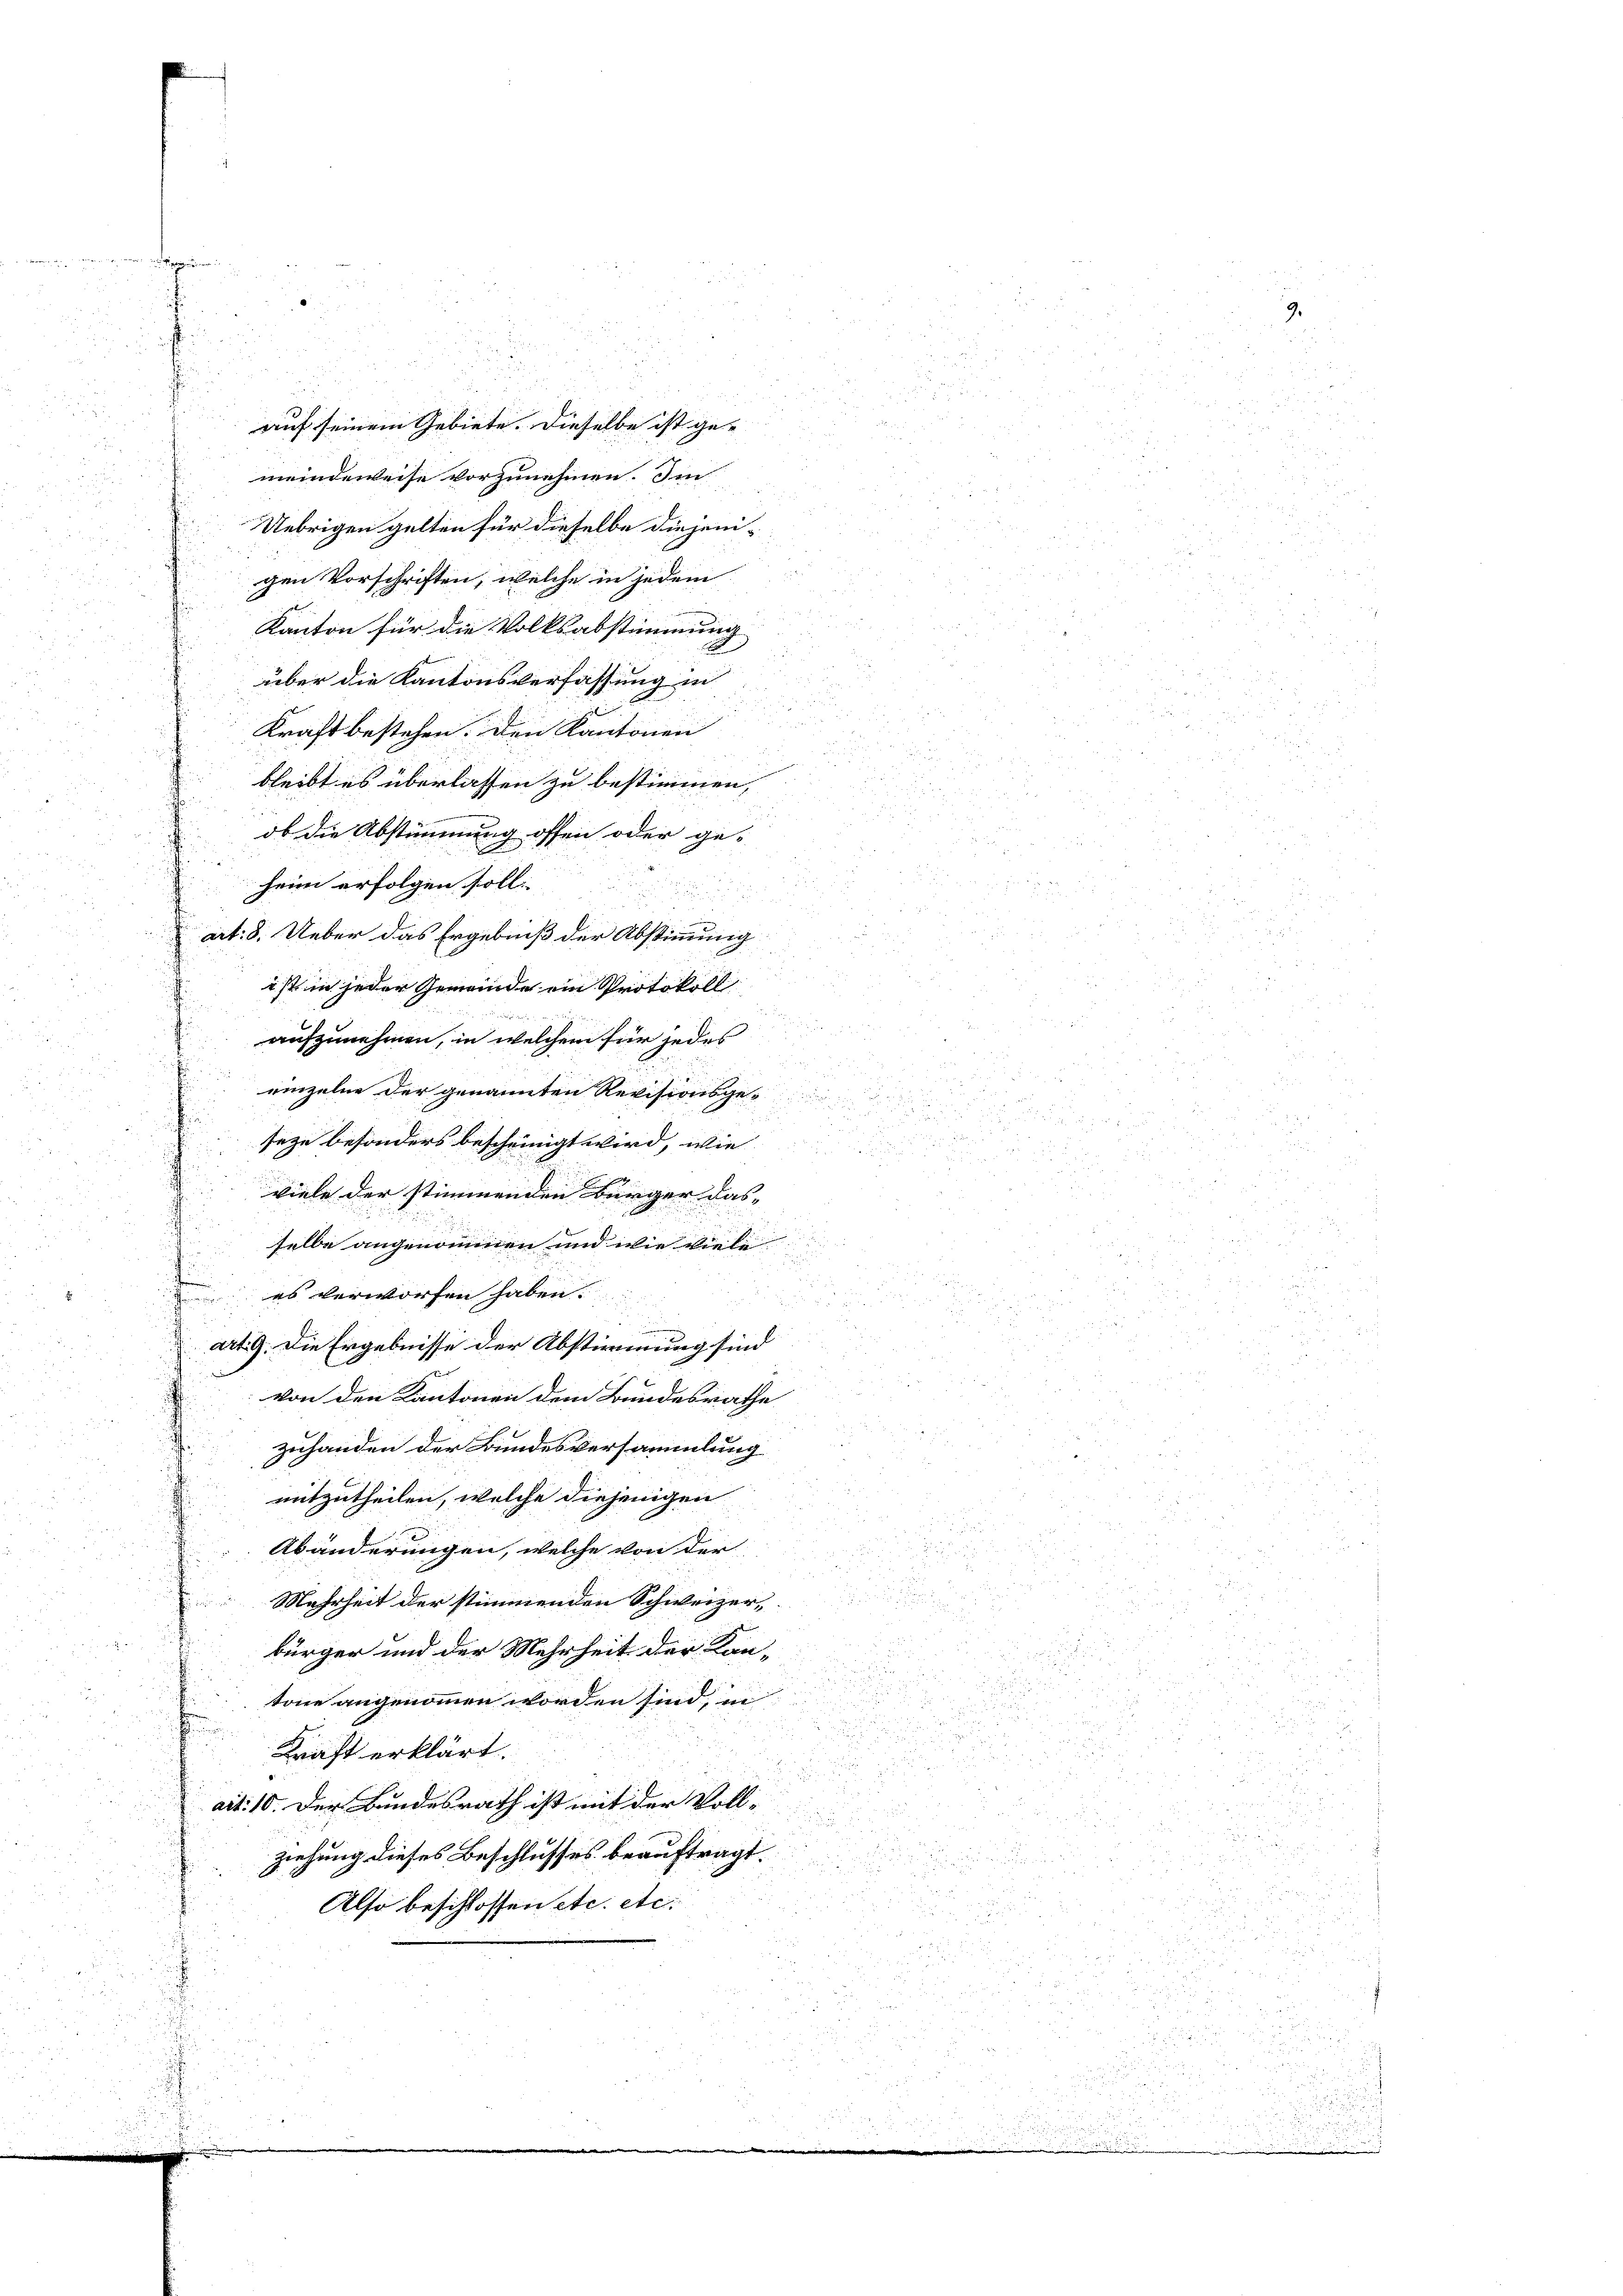
i
¬
u
auf seinem Gebiete. Dieselbe ist ge-

meindeweise vorzunehmen. Im
z
u
.
Uebrigen gelten für dieselbe diejeni-

gen Vorschriften, welche in jedem
u
.
r
Kanton für die Volksabstimmung
e
2
2 x
über die Kantonsverfassung in

Kraft bestehen. Den Kantonen
u
bleibt es überlassen zu bestimmen,
ob die Abstimmung offen oder ge-
.
heim erfolgen soll.
u
art. 8. Ueber das Ergebniß der Abstimmung

5
ini
ist in jeder Gemeinde ein Protokoll

aufzunehmen, in welchem für jedes
i
einzelne der genannten Revisionsges
seze besonders bescheinigt wird, wie
viele der stimmenden Bürger das- |
e
u

selbe angenommen und wie viel

es verworfen haben.

e
5x
art. 9. Die Ergebnisse der Abstimmung sind
2
von den Kantonen dem Bundesrathe
d
zuhanden der Bundesversammlung
2
i
mitzutheilen, welche diejenigen
Abänderungen, welche von der
Mehrheit der stimmenden Schweizer,

bürger und der Mehrheit der Kana
d
tone angenommen worden sind, in
Kraft erklärt.
u
ait: 10. Der Bundesrath ist mit der Voll-

2

ziehung dieses Beschlusses beauftragt.

d
Also beschlossen etc. etc.
u

.
2
.
2

5
u

x